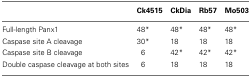
|  | Ck4515 | CkDia | Rb57 | Mo503 |
 | --- | --- | --- | --- | --- |
 | Full-length Panx1 | 48* | 48* | 48* | 48* |
 | Caspase site A cleavage | 30* | 18 | 18 | 18 |
 | Caspase site B cleavage | 6 | 42* | 42* | 42* |
 | Double caspase cleavage at both sites | 6 | 18 | 18 | 18 |